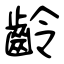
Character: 齡